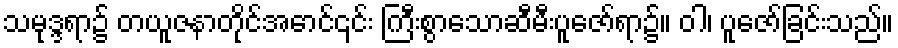
သမုဒ္ဒရာ၌ တယူဇနာတိုင်အောင်၎င်း ကြီးစွာသောဆီမီးပူဇော်ရာ၌။ ဝါ၊ ပူဇော်ခြင်းသည်။